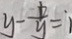
y - \frac { b } { y } = 1